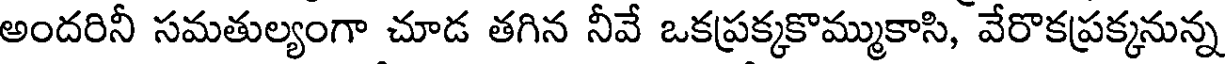
అందరినీ సమతుల్యంగా చూడ తగిన నీవే ఒకప్రక్కకొమ్ముకాసి, వేరొకప్రక్కనున్న